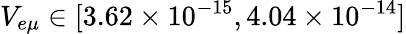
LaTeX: V_{e\mu}\in[3.62\times 10^{-15},4.04\times 10^{-14}]